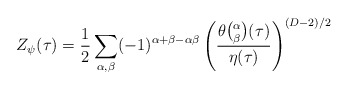
\begin{align*}Z_\psi(\tau) = {1 \over 2} \sum_{\alpha,\beta} (-1)^{\alpha+\beta-\alpha\beta} \left( {\theta{ \alpha \choose \beta}(\tau) \over {\eta(\tau)}} \right)^{(D-2)/2}\end{align*}